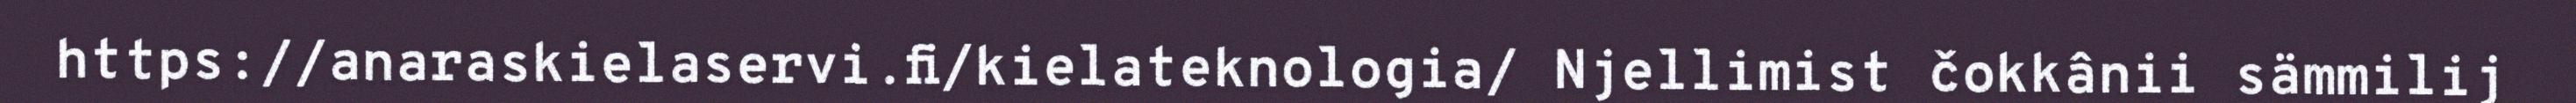
https://anaraskielaservi.fi/kielateknologia/ Njellimist čokkânii sämmilij